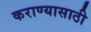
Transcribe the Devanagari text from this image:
कराण्यासाठी